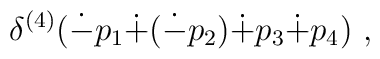
\delta^{(4)}(\dot{-}p_1 \dot{+}(\dot{-}p_2)\dot{+}p_3\dot{+}p_4)~,